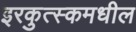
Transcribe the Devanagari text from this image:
इरकुत्स्कमधील